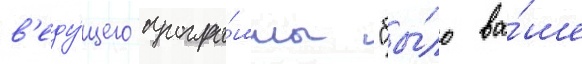
в'еду́щего програ́ммы "бы́ло ва́ше